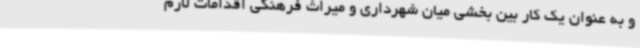
و به عنوان یک کار بین بخشی میان شهرداری و میراث فرهنگی اقدامات لازم